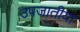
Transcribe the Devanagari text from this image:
उपजातीया